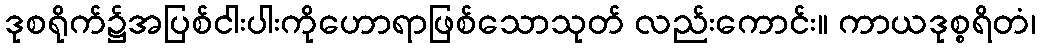
ဒုစရိုက်၌အပြစ်ငါးပါးကိုဟောရာဖြစ်သောသုတ် လည်းကောင်း။ ကာယဒုစ္စရိတံ၊